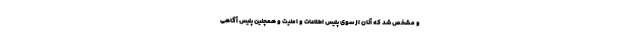
و مشخص شد که آنان از سوی پلیس اطلاعات و امنیت و همچنین پلیس آگاهی